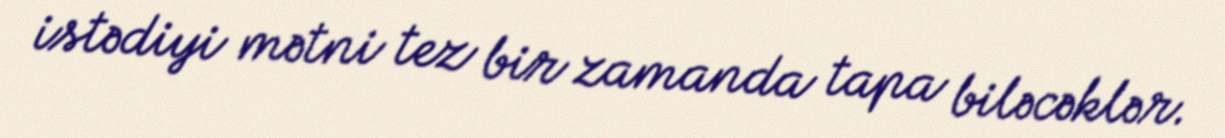
istədiyi mətni tez bir zamanda tapa biləcəklər.